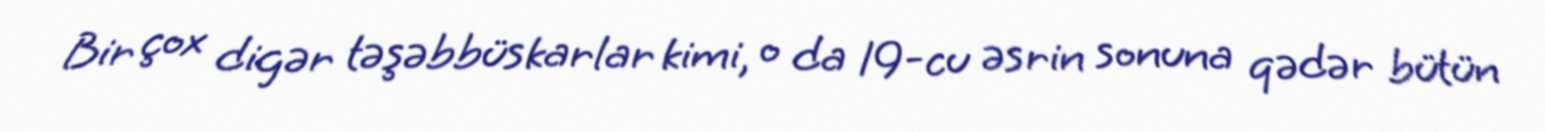
Bir çox digər təşəbbüskarlar kimi, o da 19-cu əsrin sonuna qədər bütün